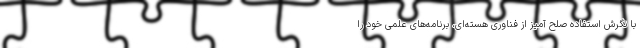
با نگرش استفاده صلح آمیز از فناوری هسته‌ای، برنامه‌های علمی خود را